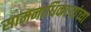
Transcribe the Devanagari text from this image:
सामनाधिकार्‍यांच्या